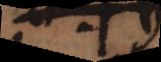
a t